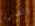
الضارة